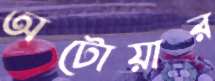
অটোয়ার